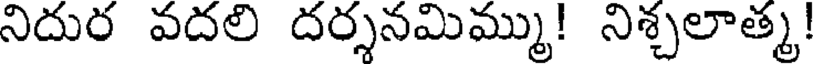
నిదుర వదలి దర్శనమిమ్ము! నిశ్చలాత్మ!